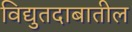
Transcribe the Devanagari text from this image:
विद्युतदाबातील